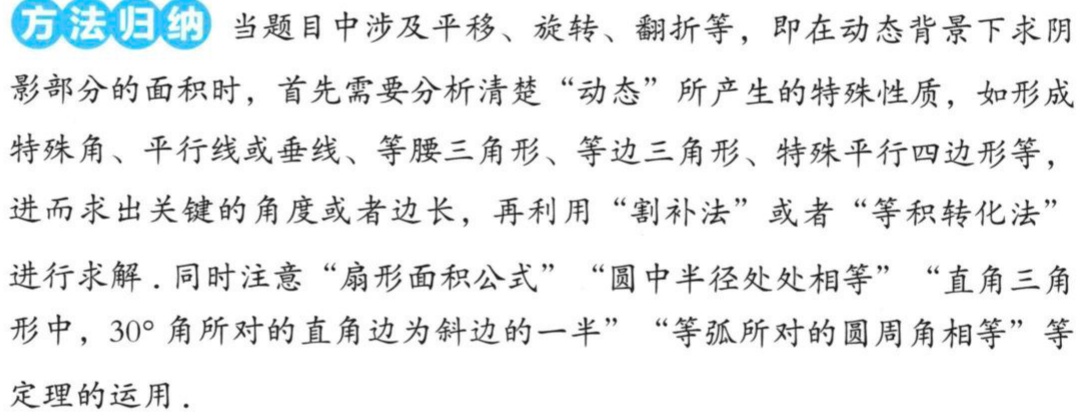
方法归纳 当题目中涉及平移、旋转、翻折等，即在动态背景下求阴
影部分的面积时，首先需要分析清楚“动态”所产生的特殊性质，如形成
特殊角、平行线或垂线、等腰三角形、等边三角形、特殊平行四边形等，
进而求出关键的角度或者边长，再利用“割补法”或者“等积转化法”
进行求解．同时注意“扇形面积公式”“圆中半径处处相等”“直角三角
形中，$30^{\circ}$角所对的直角边为斜边的一半”“等弧所对的圆周角相等”等
定理的运用．